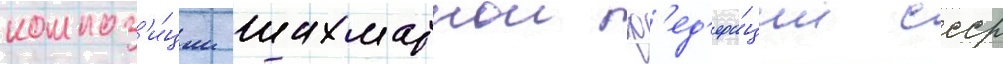
композ'и́ции шахматнои ф'ед'ера́ции ссср